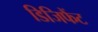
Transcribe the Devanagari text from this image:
डिजिफैंट